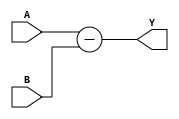
module subtractor (
    input wire [3:0] A,
    input wire [3:0] B,
    output reg [3:0] Y
);

assign Y = A - B;

endmodule